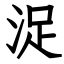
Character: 浞